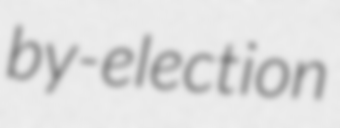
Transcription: by-election